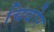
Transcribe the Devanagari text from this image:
चिवोर